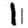
Digit: 1